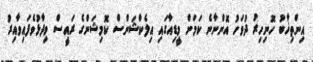
އިންތިޚާބު ހޮނިހިރު ދުވަހު އޮންނާނެ ކަމަށް މީޑިއާގައި އިލެކްޝަންސް ކޮމިޝަންގެ ރައީސް ވިދާޅުވެފައިވާއިރު